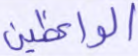
الواعظين